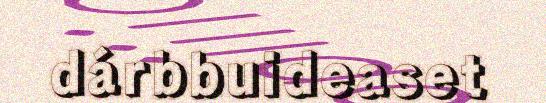
dárbbuideaset